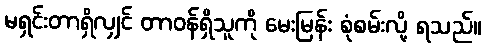
မရှင်းတာရှိလျှင် တာဝန်ရှိသူကို မေးမြန်း စုံစမ်းလို့ ရသည်။